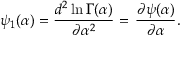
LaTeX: \psi _ { 1 } ( \alpha ) = { \frac { d ^ { 2 } \ln \Gamma ( \alpha ) } { \partial \alpha ^ { 2 } } } = \, { \frac { \partial \psi ( \alpha ) } { \partial \alpha } } .